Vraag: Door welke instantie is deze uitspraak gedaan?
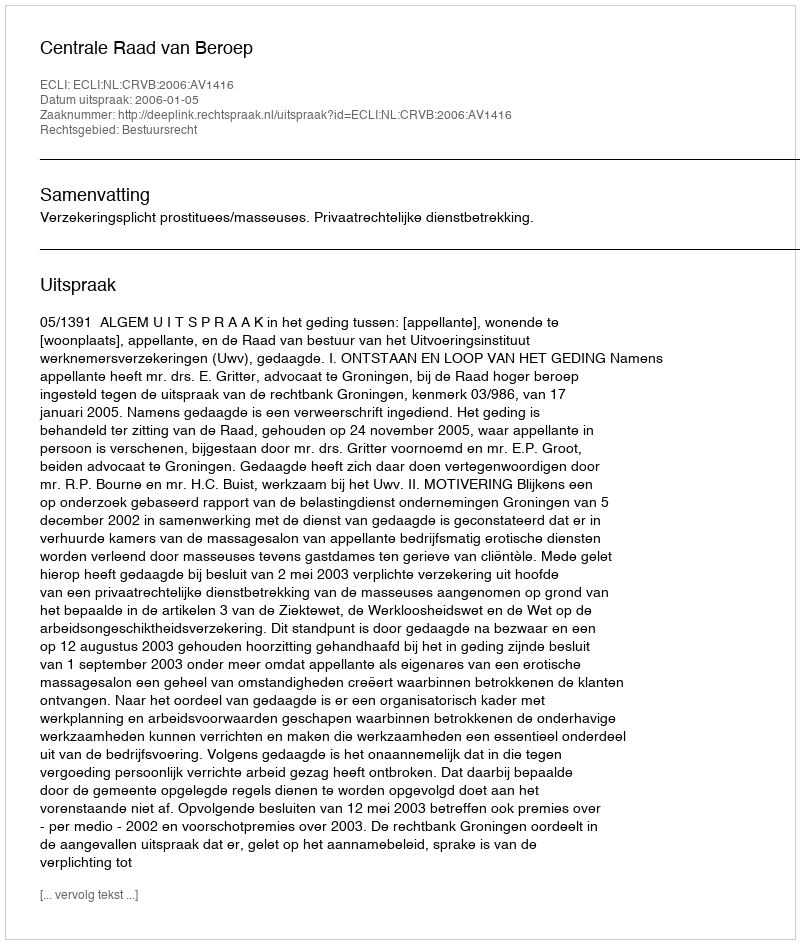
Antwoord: Centrale Raad van Beroep